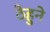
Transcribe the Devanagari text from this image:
ठेहुने